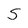
Character: S